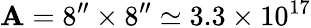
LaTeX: \mathbf{A}=8^{\prime\prime}\times8^{\prime\prime}\simeq3.3\times10^{17}